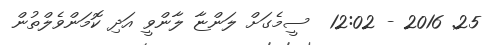
25